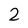
Character: 2